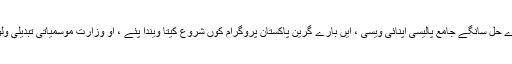
2 جون(اے پی پی) وفاقی وزیر برائے موسمیاتی تبدیلی زاہد حامد آکھے جو ماحولیات بارے مسلیاں دے حل سانگے جامع پالیسی اپنائی ویسی ، ایں بارے گرین پاکستان پروگرام کوں شروع کیتا ویندا پئے ، او وزارت موسمیاتی تبدیلی ولوں ماحولیات ونگ اسلام آباد اچ ماحولیاتی ای سی او دے چھیویں اجلاس دی صدارت کریندے پئے ہن۔